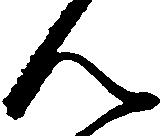
ん